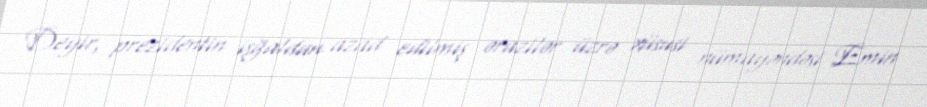
Deyir, prezidentin işğaldan azad edilmiş ərazilər üzrə xüsusi nümayəndəsi Emin